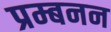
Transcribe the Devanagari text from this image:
प्रम्बनन